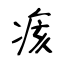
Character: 痎